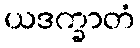
ယဒက္ခာတံ